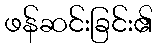
ဖန်ဆင်းခြင်း၏